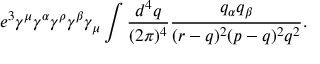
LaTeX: e ^ { 3 } \gamma ^ { \mu } \gamma ^ { \alpha } \gamma ^ { \rho } \gamma ^ { \beta } \gamma _ { \mu } \int { \frac { d ^ { 4 } q } { ( 2 \pi ) ^ { 4 } } } { \frac { q _ { \alpha } q _ { \beta } } { ( r - q ) ^ { 2 } ( p - q ) ^ { 2 } q ^ { 2 } } } .